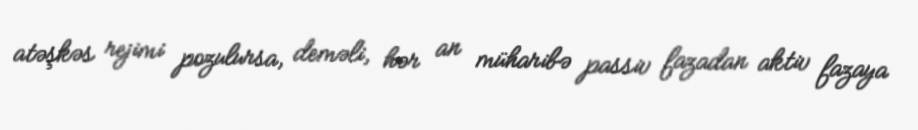
atəşkəs rejimi pozulursa, deməli, hər an müharibə passiv fazadan aktiv fazaya